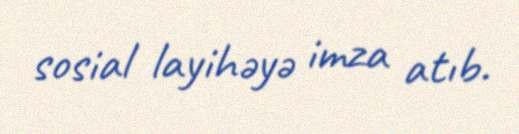
sosial layihəyə imza atıb.